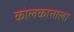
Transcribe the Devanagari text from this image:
कोलकात्ताला